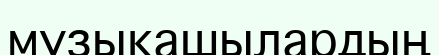
музыкашылардың